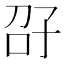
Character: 𫲤